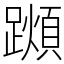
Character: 𨆌